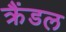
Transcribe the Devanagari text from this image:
क्रैंडल